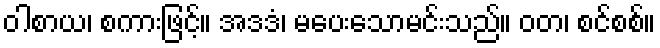
ဝါစာယ၊ စကားဖြင့်။ အဒဒံ၊ မပေးသောမင်းသည်။ ဝတ၊ စင်စစ်။